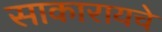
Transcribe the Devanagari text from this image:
साकारायचे